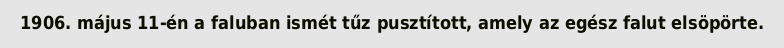
1906. május 11-én a faluban ismét tűz pusztított, amely az egész falut elsöpörte.